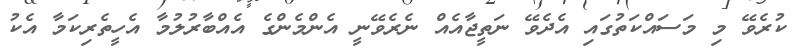
ކުރެވޭ މި މަސައްކަތުގައި އެދެވޭ ނަތީޖާއެއް ނެރެވޭނީ އެންމެންގެ އެއްބާރުލުމާ އެހީތެރިކަމާ އެކު